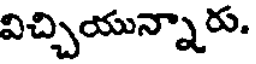
విచ్చియున్నారు.